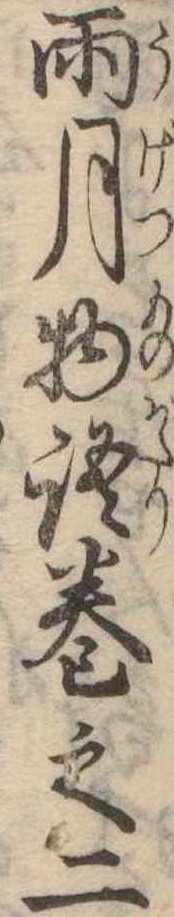
雨月物語巻之二